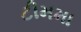
ટીમમા